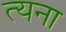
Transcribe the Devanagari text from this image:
त्यना